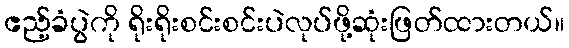
ဧည့်ခံပွဲကို ရိုးရိုးစင်းစင်းပဲလုပ်ဖို့ဆုံးဖြတ်ထားတယ်။